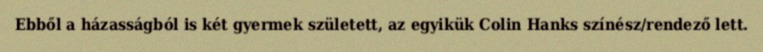
Ebből a házasságból is két gyermek született, az egyikük Colin Hanks színész/rendező lett.